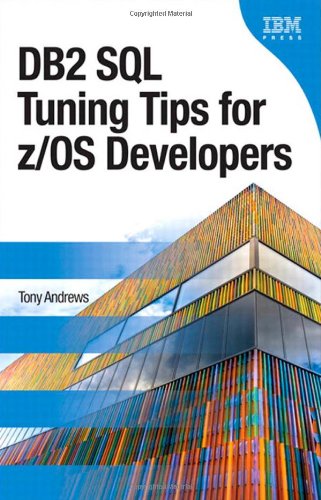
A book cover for DB2 SQL Tuning Tips for z/OS Developers (IBM Press); Tony Andrews; Computers & Technology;